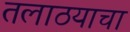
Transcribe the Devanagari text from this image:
तलाठयाचा